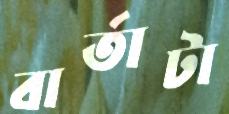
বার্তাটা